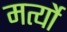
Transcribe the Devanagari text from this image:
मर्त्यो